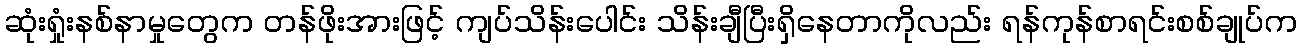
ဆုံးရှုံးနစ်နာမှုတွေက တန်ဖိုးအားဖြင့် ကျပ်သိန်းပေါင်း သိန်းချီပြီးရှိနေတာကိုလည်း ရန်ကုန်စာရင်းစစ်ချုပ်က